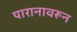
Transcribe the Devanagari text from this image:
पारानावरून